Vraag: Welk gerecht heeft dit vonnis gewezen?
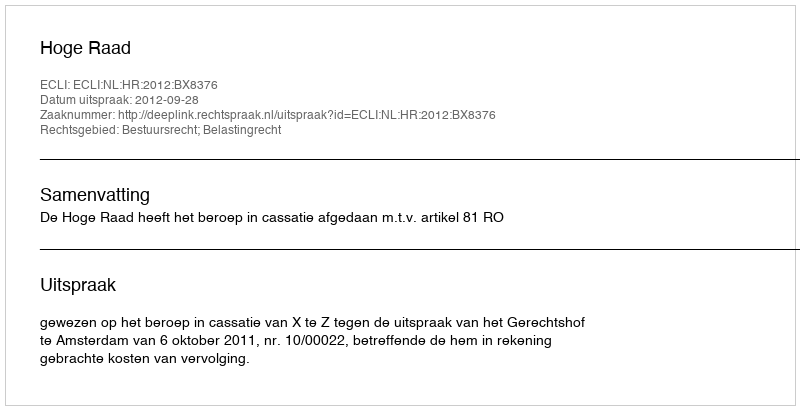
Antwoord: Hoge Raad